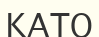
КАТО